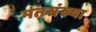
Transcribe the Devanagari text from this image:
मतसंख्या